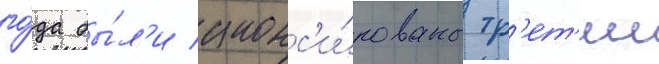
го́да бы́л'и анонс'и́рованы тр'ет'ии